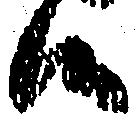
候